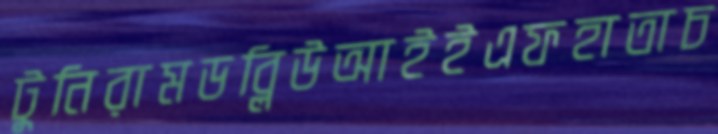
টুনিরামডব্লিউআইইএফহাতাচ